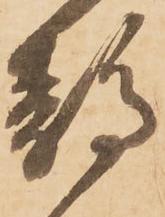
静